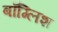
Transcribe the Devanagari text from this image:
बाँग्लिश